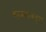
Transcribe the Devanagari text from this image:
भोजराजकृत